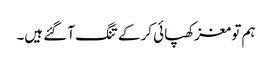
ہم تو مغز کھپائی کر کے تنگ آ گئے ہیں۔